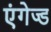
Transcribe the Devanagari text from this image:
एंगेज्ड